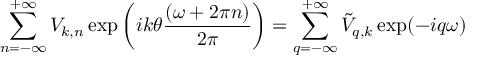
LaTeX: \sum _ { n = - \infty } ^ { + \infty } { \cal V } _ { k , n } \exp \left( i k \theta \frac { ( \omega + 2 \pi n ) } { 2 \pi } \right) = \sum _ { q = - \infty } ^ { + \infty } \tilde { \cal V } _ { q , k } \exp ( - i q \omega )